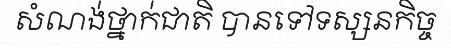
សំណង់ថ្នាក់ជាតិ បានទៅទស្សនកិច្ច